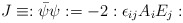
\begin{align*}J\equiv:\bar\psi\psi:=-2:\epsilon_{ij}A_iE_j:\end{align*}